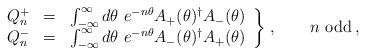
LaTeX: \begin{align*}\left.\begin{array}{rcl}Q^+_n & = & \int_{-\infty}^\infty d\theta\ e^{-n\theta} A_+(\theta)^\dagger A_-(\theta) \\ Q^-_n & = & \int_{-\infty}^\infty d\theta\ e^{-n\theta} A_-(\theta)^\dagger A_+(\theta) \end{array}\right\}\,, \qquad n {\hbox{ odd}} \,,\end{align*}